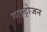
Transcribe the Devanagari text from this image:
गाइड्रोजन